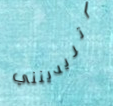
أتريدينني